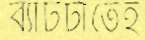
ব্যাটটাতেই